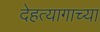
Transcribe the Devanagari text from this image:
देहत्यागाच्या